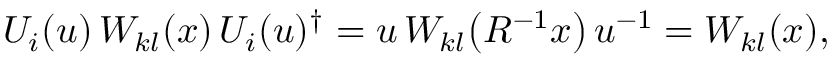
U _ { i } ( u ) \, W _ { k l } ( x ) \, U _ { i } ( u ) ^ { \dagger } = u \, W _ { k l } \bigl ( R ^ { - 1 } x \bigr ) \, u ^ { - 1 } = W _ { k l } ( x ) ,